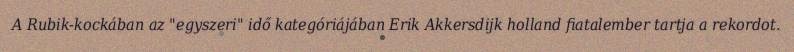
A Rubik-kockában az "egyszeri" idő kategóriájában Erik Akkersdijk holland fiatalember tartja a rekordot.